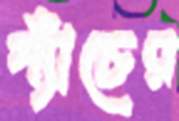
প্যাঁচের